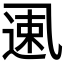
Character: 𱎌